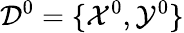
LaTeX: \mathcal{D}^{0}=\{ \mathcal{X}^{0},\mathcal{Y}^{0}\}